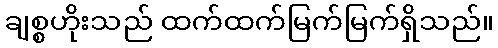
ချစ္စဟိုးသည် ထက်ထက်မြက်မြက်ရှိသည်။